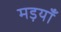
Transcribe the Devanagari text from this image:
मड़याँ